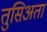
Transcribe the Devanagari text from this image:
तुसिअता